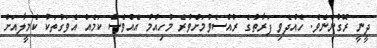
ދީނީ ރޮގުންނެވެ. ހެއްދެވި ފަރާތުގެ ރުއްސެވުމަށްވުރެ މުހިއްމު އެއްވެސް ކަމެއް އެވަގުތަކު ކެމީލާއަށް